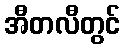
အီတလီတွင်